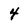
Character: 4